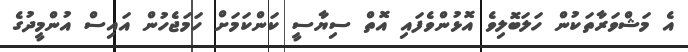
އެ މަޝްވަރާތަކުން ހަލަބޮލިވެ އޮޅުންވެފައި އޮތް ސިޔާސީ ކަންކަމަށް ހަމަޖެހުން އައިސް އުންމީދުގެ